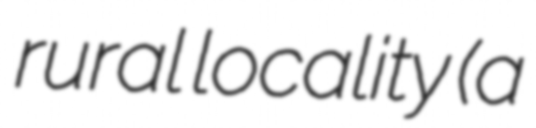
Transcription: rural locality (a